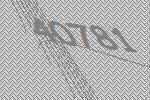
40781